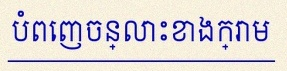
បំពេញចន្លោះខាងក្រោម